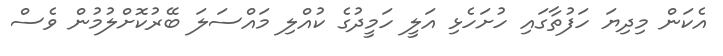
އެކަން މިދިޔަ ހަފުތާގައި ހުށަހެޅި އަލީ ހަމީދުގެ ކުއްލި މައްސަލަ ބޭރުކޮށްލުމުން ވެސް